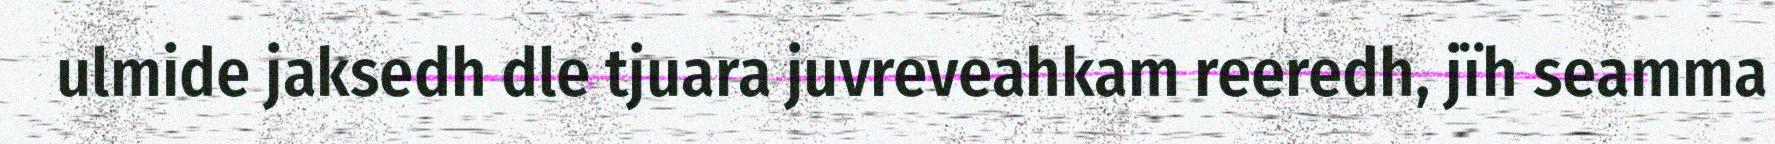
ulmide jaksedh dle tjuara juvreveahkam reeredh, jïh seamma